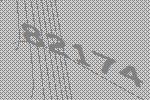
82174